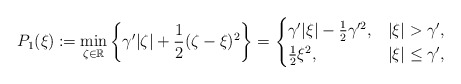
\begin{align*}P_1(\xi)\coloneqq\min_{\zeta\in\mathbb{R}}\left\{\gamma'|\zeta|+\frac{1}{2}(\zeta-\xi)^2\right\}=\begin{cases}\gamma'|\xi|-\frac{1}{2}\gamma'^2, & |\xi|>\gamma',\\\frac{1}{2}\xi^2, & |\xi|\le\gamma',\end{cases}\end{align*}